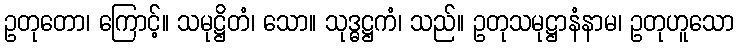
ဥတုတော၊ ကြောင့်။ သမုဋ္ဌိတံ၊ သော။ သုဒ္ဓဋ္ဌကံ၊ သည်။ ဥတုသမုဋ္ဌာနံနာမ၊ ဥတုဟူသော